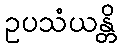
ဥပသံယန္တိ